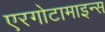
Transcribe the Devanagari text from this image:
एरगोटामाइन्स